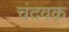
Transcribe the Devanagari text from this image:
चंदवक